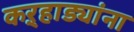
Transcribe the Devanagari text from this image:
कऱ्हाड्यांना